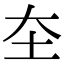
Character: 圶